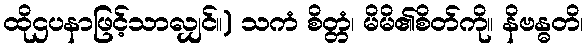
ထိုဌပနာဖြင့်သာလျှင်။) သကံ စိတ္တံ၊ မိမိ၏စိတ်ကို။ နိဗန္ဓတိ၊